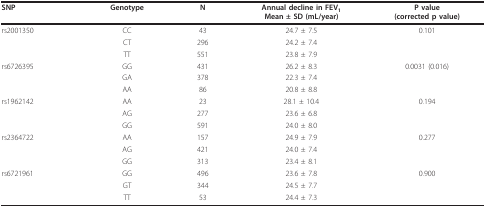
<table><thead><tr><td><b>SNP</b></td><td><b>Genotype</b></td><td><b>N</b></td><td><b>Annual decline in FEV<sub>1</sub>Mean ± SD (mL/year)</b></td><td><b>P value(corrected p value)</b></td></tr></thead><tbody><tr><td>rs2001350</td><td>CC</td><td>43</td><td>24.7 ± 7.5</td><td>0.101</td></tr><tr><td></td><td>CT</td><td>296</td><td>24.2 ± 7.4</td><td></td></tr><tr><td></td><td>TT</td><td>551</td><td>23.8 ± 7.9</td><td></td></tr><tr><td>rs6726395</td><td>GG</td><td>431</td><td>26.2 ± 8.3</td><td>0.0031 (0.016)</td></tr><tr><td></td><td>GA</td><td>378</td><td>22.3 ± 7.4</td><td></td></tr><tr><td></td><td>AA</td><td>86</td><td>20.8 ± 8.8</td><td></td></tr><tr><td>rs1962142</td><td>AA</td><td>23</td><td>28.1 ± 10.4</td><td>0.194</td></tr><tr><td></td><td>AG</td><td>277</td><td>23.6 ± 6.8</td><td></td></tr><tr><td></td><td>GG</td><td>591</td><td>24.0 ± 8.0</td><td></td></tr><tr><td>rs2364722</td><td>AA</td><td>157</td><td>24.9 ± 7.9</td><td>0.277</td></tr><tr><td></td><td>AG</td><td>421</td><td>24.0 ± 7.4</td><td></td></tr><tr><td></td><td>GG</td><td>313</td><td>23.4 ± 8.1</td><td></td></tr><tr><td>rs6721961</td><td>GG</td><td>496</td><td>23.6 ± 7.8</td><td>0.900</td></tr><tr><td></td><td>GT</td><td>344</td><td>24.5 ± 7.7</td><td></td></tr><tr><td></td><td>TT</td><td>53</td><td>24.4 ± 7.3</td><td></td></tr></tbody></table>